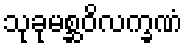
သုခုမစ္ဆဝိလက္ခဏံ